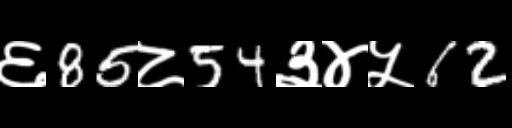
Text: ६85८54३४५62